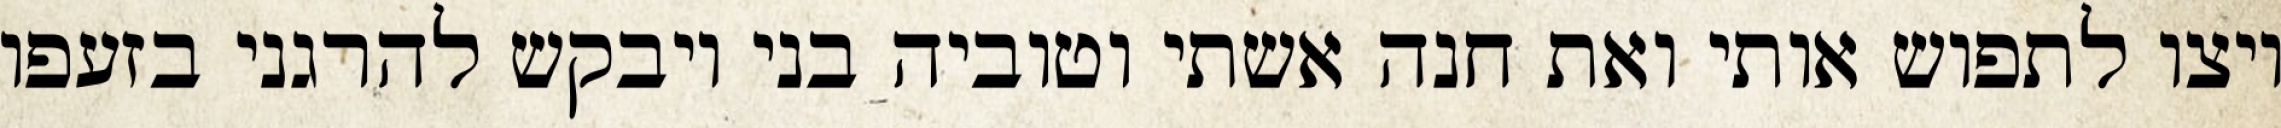
ויצו לתפוש אותי ואת חנה אשתי וטוביה בני ויבקש להרגני בזעפו